Report of the Indian Hemp Drugs Commission, 1894-1895 - Volume II
Year: 1894
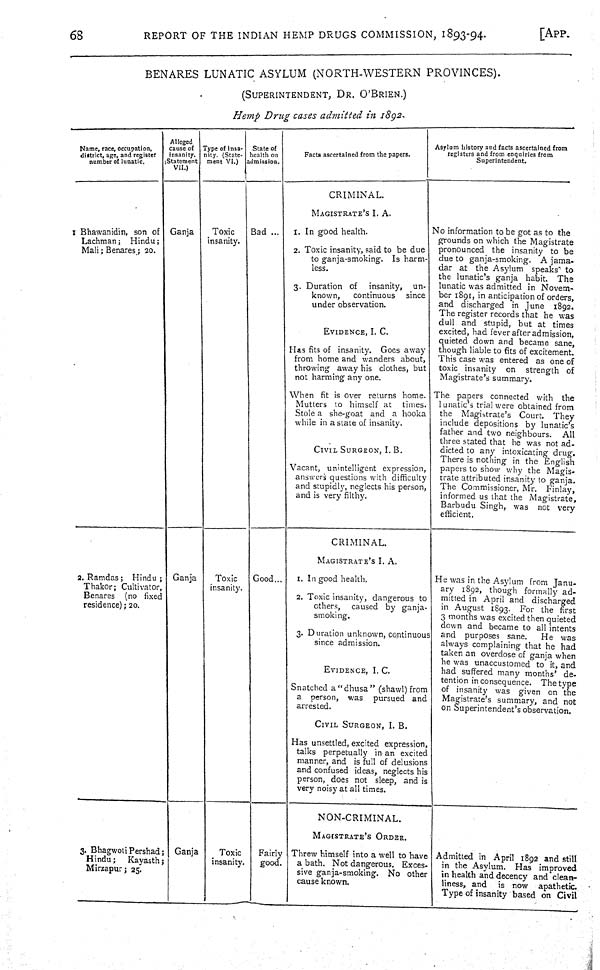
68
REPORT OF THE INDIAN HEMP DRUGS COMMISSION,
1893-94.
[APP.
BENARES LUNATIC ASYLUM (NORTH-WESTERN PROVINCES).
(SUPERINTENDENT, DR. O'BRIEN.)
Hemp Drug cases admitted in 1892.
Name, race, occupation,
district, age, and register
number of lunatic.
Alleged
cause of
Insanity.
(Statement
VII.)
Type of Insa-
nity. (State-
ment VI.)
State of
health on
admission.
Facts ascertained from the papers.
Asylum history and facts ascertained from
registers and from enquiries from
Superintendent.
CRIMINAL.
MAGISTRATE'S I. A.
1 Bhawanidin, son of
Lachman; Hindu;
Mali; Benares; 20.
Ganja
Toxic
insanity.
Bad
1. In good health.
2. Toxic insanity, said to be due
to ganja-smoking. Is harm-
less.
3. Duration of insanity, un-
known,
continuous since
under observation.
EVIDENCE, I. C.
Has fits of insanity. Goes away
from home and wanders about,
throwing away his clothes, but
not harming any one.
When fit is over returns home.
Mutters to himself at times.
Stole a she-goat and a hooka
while in a state of insanity.
CIVIL SURGEON, I. B.
Vacant, unintelligent expression,
answers questions with difficulty
and stupidly, neglects his person,
and is very filthy.
No information to be got as to the
grounds on which the Magistrate
pronounced the insanity to be
due to ganja-smoking. A jama-
dar at the Asylum speaks to
the lunatic's ganja habit. The
lunatic was admitted in Novem-
ber 1891, in anticipation of orders,
and discharged in June 1892.
The register records that he was
dull and stupid, but at times
excited, had fever after admission,
quieted down and became sane,
though liable to fits of excitement.
This case was entered as one of
toxic insanity on strength of
Magistrate's summary.
The papers connected with the
lunatic's trial were obtained from
the Magistrate's Court. They
include depositions by lunatic's
father and two neighbours. All
three stated that he was not ad-
dicted to any intoxicating drug.
There is nothing in the English
papers to show why the Magis-
trate attributed insanity to ganja.
The Commissioner, Mr. Finlay,
informed us that the Magistrate,
Barbudu Singh, was not very
efficient.
CRIMINAL.
MAGISTRATE'S I. A.
2. Ramdas; Hindu;
Thakor; Cultivator,
Benares (no fixed
residence); 20.
Ganja
Toxic
insanity.
Good
1. In good health.
2. Toxic insanity, dangerous to
others, caused by ganja-
smoking.
3. Duration unknown, continuous
since admission.
EVIDENCE, I. C.
Snatched a "dhusa" (shawl) from
a person, was pursued and
arrested.
CIVIL SURGEON, I. B.
Has unsettled, excited expression,
talks perpetually in an excited
manner, and is full of delusions
and confused ideas, neglects his
person, does not sleep, and is
very noisy at all times.
He was in the Asylum from Janu-
ary 1892, though formally ad-
mitted in April and discharged
in August 1893. For the first
3 months was excited then quieted
down and became to all intents
and purposes sane.
He was
always complaining that he had
taken an overdose of ganja when
he was unaccustomed to it, and
had suffered many months' de-
tention in consequence. The type
of insanity was given on the
Magistrate's summary, and not
on Superintendent's observation.
NON-CRIMINAL.
MAGISTRATE'S ORDER.
3. Bhagwoti Pershad;
Hindu; Kayasth;
Mirzapur; 25.
Ganja
Toxic
insanity.
Fairly
good.
Threw himself into a well to have
a bath. Not dangerous. Exces-
sive ganja-smoking. No other
cause known.
Admitted in April 1892 and still
in the Asylum. Has improved
in health and decency and clean-
liness, and is now apathetic.
Type of insanity based on Civil